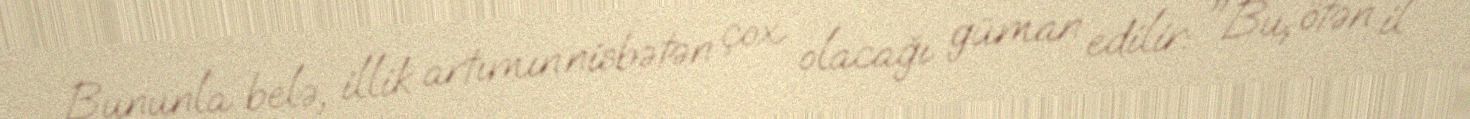
Bununla belə, illik artımın nisbətən çox olacağı güman edilir: "Bu, ötən il